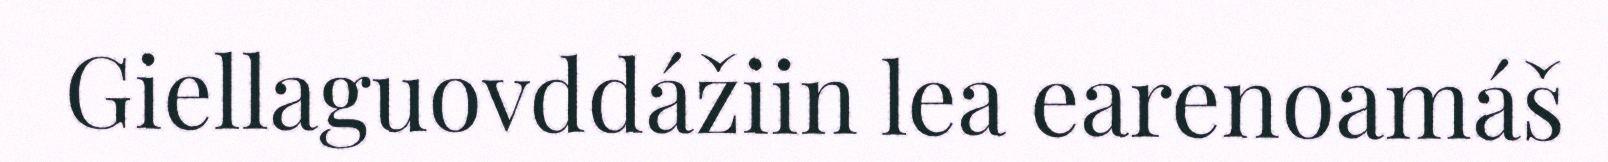
Giellaguovddážiin lea earenoamáš